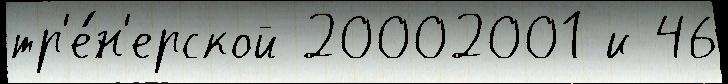
тр'е́н'ерской 20002001 и 46